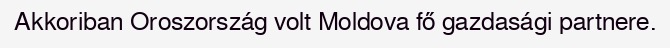
Akkoriban Oroszország volt Moldova fő gazdasági partnere.